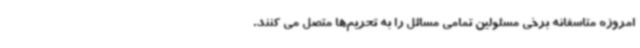
امروزه متاسفانه برخی مسئولین تمامی مسائل را به تحریم‌ها متصل می کنند.